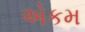
એકમ